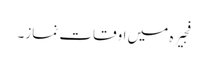
فجیرہ میں اوقات نماز۔